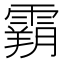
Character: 𩄤